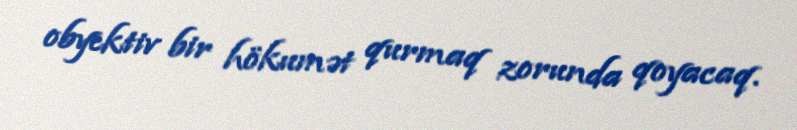
obyektiv bir hökumət qurmaq zorunda qoyacaq.